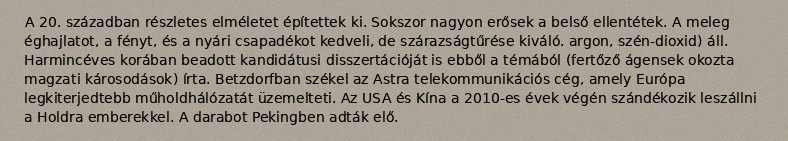
A 20. században részletes elméletet építettek ki. Sokszor nagyon erősek a belső ellentétek. A meleg éghajlatot, a fényt, és a nyári csapadékot kedveli, de szárazságtűrése kiváló. argon, szén-dioxid) áll. Harmincéves korában beadott kandidátusi disszertációját is ebből a témából (fertőző ágensek okozta magzati károsodások) írta. Betzdorfban székel az Astra telekommunikációs cég, amely Európa legkiterjedtebb műholdhálózatát üzemelteti. Az USA és Kína a 2010-es évek végén szándékozik leszállni a Holdra emberekkel. A darabot Pekingben adták elő.